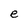
Character: e